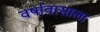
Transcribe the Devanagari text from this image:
वर्षावासाला